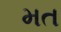
મત